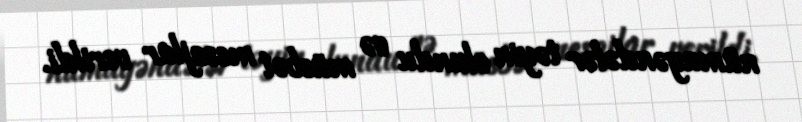
nümayəndələr təyin olundu və müsbət mesajlar verildi.